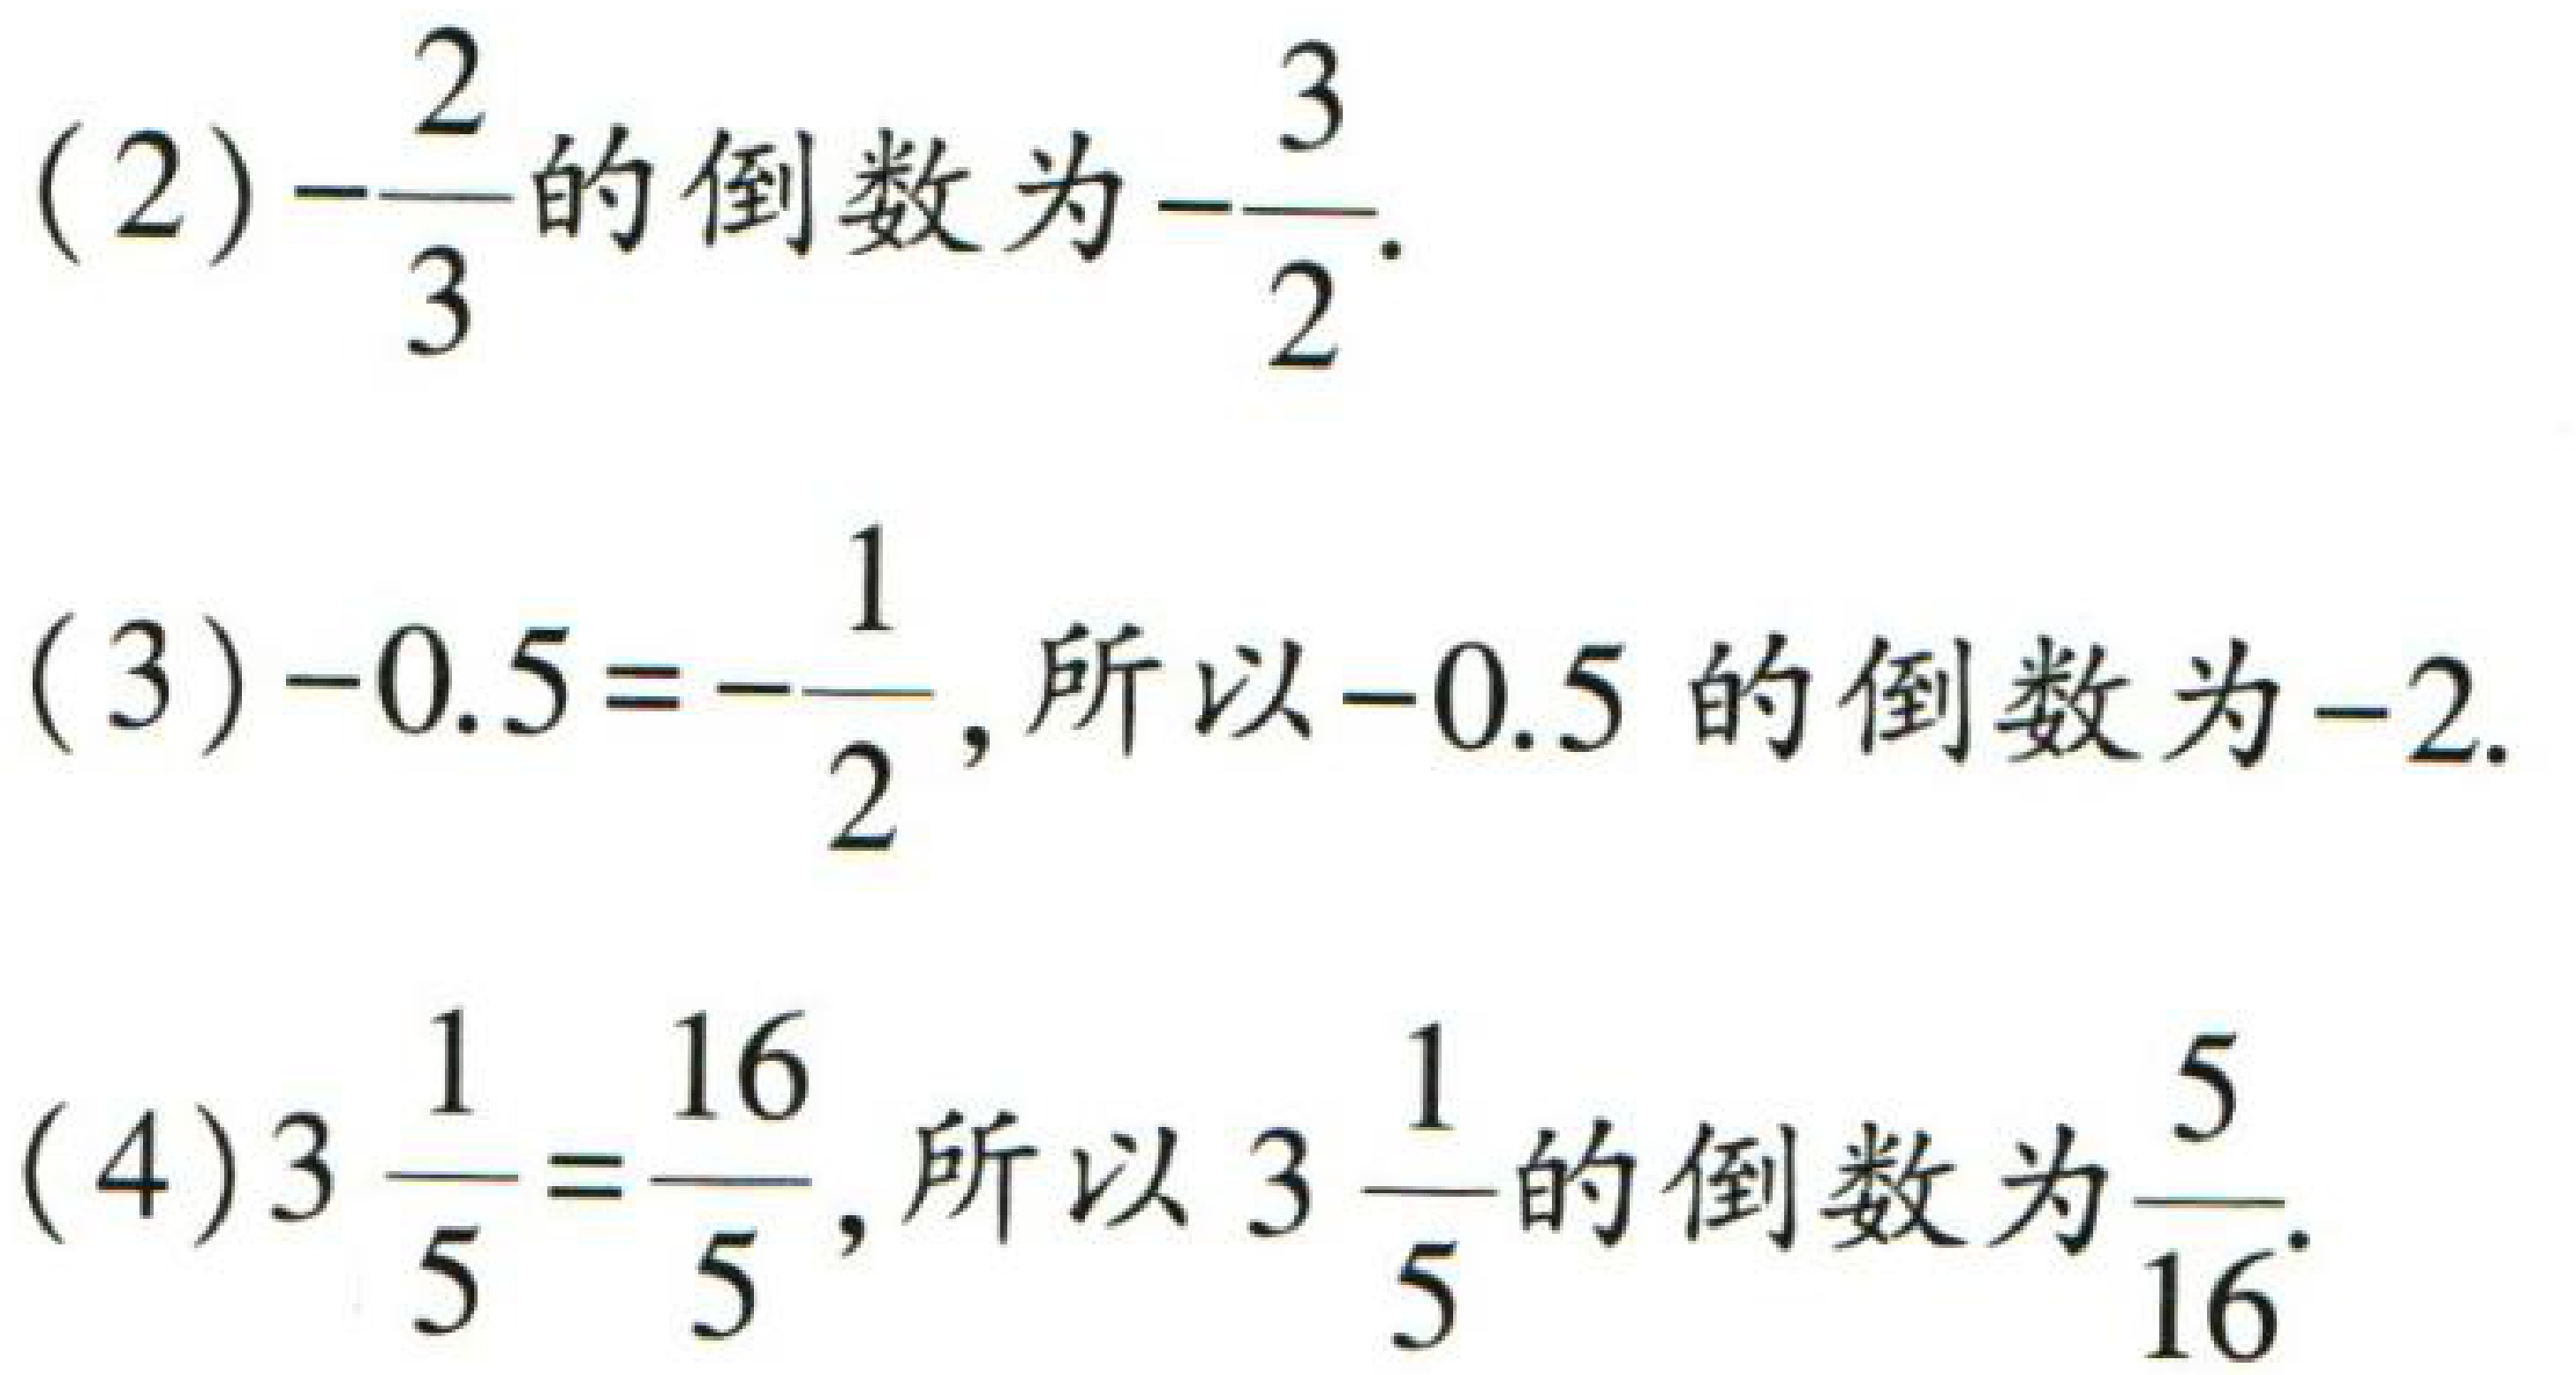
(2)$-\frac{2}{3}$的倒数为$-\frac{3}{2}$.
(3)$-0.5 = -\frac{1}{2}$, 所以$-0.5$的倒数为$-2$.
(4)$3\frac{1}{5}=\frac{16}{5}$, 所以$3\frac{1}{5}$的倒数为$\frac{5}{16}$.